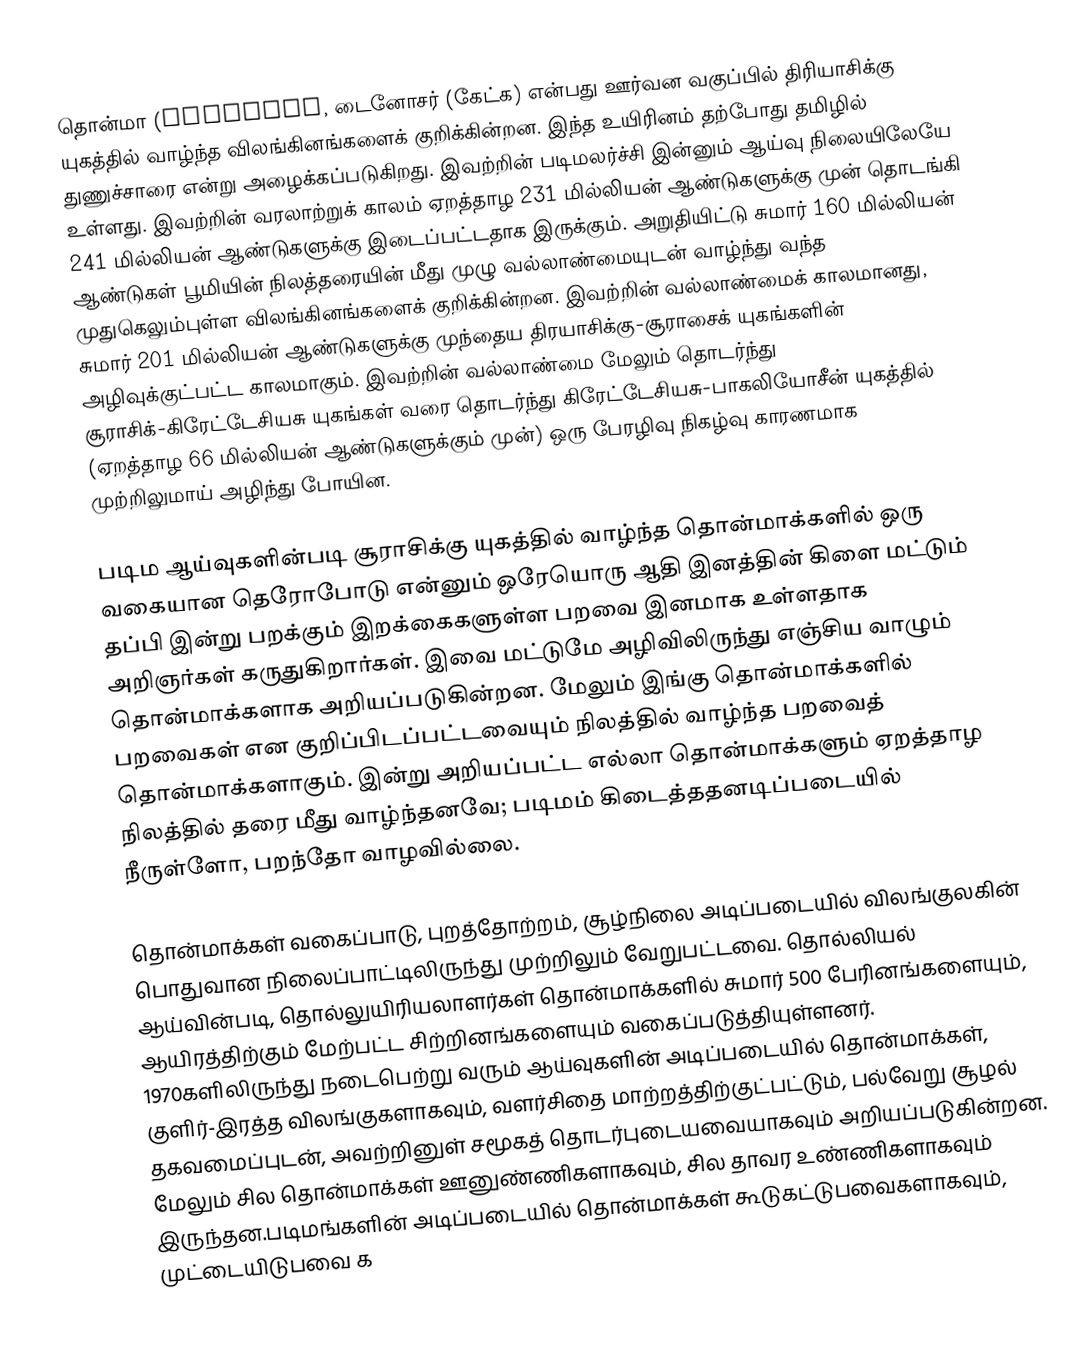
தொன்மா (Dinosaur, டைனோசர் (கேட்க) என்பது ஊர்வன வகுப்பில் திரியாசிக்கு யுகத்தில் வாழ்ந்த விலங்கினங்களைக் குறிக்கின்றன. இந்த உயிரினம் தற்போது தமிழில் துணுச்சாரை என்று அழைக்கப்படுகிறது. இவற்றின் படிமலர்ச்சி இன்னும் ஆய்வு நிலையிலேயே உள்ளது.  இவற்றின் வரலாற்றுக் காலம் ஏறத்தாழ 231 மில்லியன் ஆண்டுகளுக்கு முன் தொடங்கி 241 மில்லியன் ஆண்டுகளுக்கு இடைப்பட்டதாக இருக்கும். அறுதியிட்டு சுமார் 160 மில்லியன் ஆண்டுகள் பூமியின் நிலத்தரையின் மீது முழு வல்லாண்மையுடன் வாழ்ந்து வந்த முதுகெலும்புள்ள விலங்கினங்களைக் குறிக்கின்றன. இவற்றின் வல்லாண்மைக் காலமானது, சுமார் 201 மில்லியன் ஆண்டுகளுக்கு முந்தைய திரயாசிக்கு-சூராசைக் யுகங்களின் அழிவுக்குட்பட்ட காலமாகும். இவற்றின் வல்லாண்மை மேலும் தொடர்ந்து சூராசிக்-கிரேட்டேசியசு யுகங்கள் வரை தொடர்ந்து கிரேட்டேசியசு-பாகலியோசீன் யுகத்தில் (ஏறத்தாழ 66 மில்லியன் ஆண்டுகளுக்கும் முன்) ஒரு பேரழிவு நிகழ்வு காரணமாக முற்றிலுமாய் அழிந்து போயின.

படிம ஆய்வுகளின்படி சூராசிக்கு யுகத்தில் வாழ்ந்த தொன்மாக்களில் ஒரு வகையான தெரோபோடு என்னும் ஒரேயொரு ஆதி இனத்தின் கிளை மட்டும் தப்பி இன்று பறக்கும் இறக்கைகளுள்ள பறவை இனமாக உள்ளதாக அறிஞர்கள் கருதுகிறார்கள். இவை மட்டுமே அழிவிலிருந்து எஞ்சிய வாழும் தொன்மாக்களாக அறியப்படுகின்றன. மேலும் இங்கு தொன்மாக்களில் பறவைகள் என குறிப்பிடப்பட்டவையும் நிலத்தில் வாழ்ந்த பறவைத் தொன்மாக்களாகும். இன்று அறியப்பட்ட எல்லா தொன்மாக்களும் ஏறத்தாழ நிலத்தில் தரை மீது வாழ்ந்தனவே; படிமம் கிடைத்ததனடிப்படையில் நீருள்ளோ, பறந்தோ வாழவில்லை.

தொன்மாக்கள் வகைப்பாடு, புறத்தோற்றம், சூழ்நிலை அடிப்படையில் விலங்குலகின் பொதுவான நிலைப்பாட்டிலிருந்து முற்றிலும் வேறுபட்டவை. தொல்லியல் ஆய்வின்படி, தொல்லுயிரியலாளர்கள் தொன்மாக்களில் சுமார் 500 பேரினங்களையும், ஆயிரத்திற்கும் மேற்பட்ட சிற்றினங்களையும் வகைப்படுத்தியுள்ளனர். 1970களிலிருந்து நடைபெற்று வரும் ஆய்வுகளின் அடிப்படையில் தொன்மாக்கள், குளிர்-இரத்த விலங்குகளாகவும், வளர்சிதை மாற்றத்திற்குட்பட்டும், பல்வேறு சூழல் தகவமைப்புடன், அவற்றினுள் சமூகத் தொடர்புடையவையாகவும் அறியப்படுகின்றன. மேலும் சில தொன்மாக்கள் ஊனுண்ணிகளாகவும், சில தாவர உண்ணிகளாகவும் இருந்தன.படிமங்களின் அடிப்படையில் தொன்மாக்கள் கூடுகட்டுபவைகளாகவும், முட்டையிடுபவை க